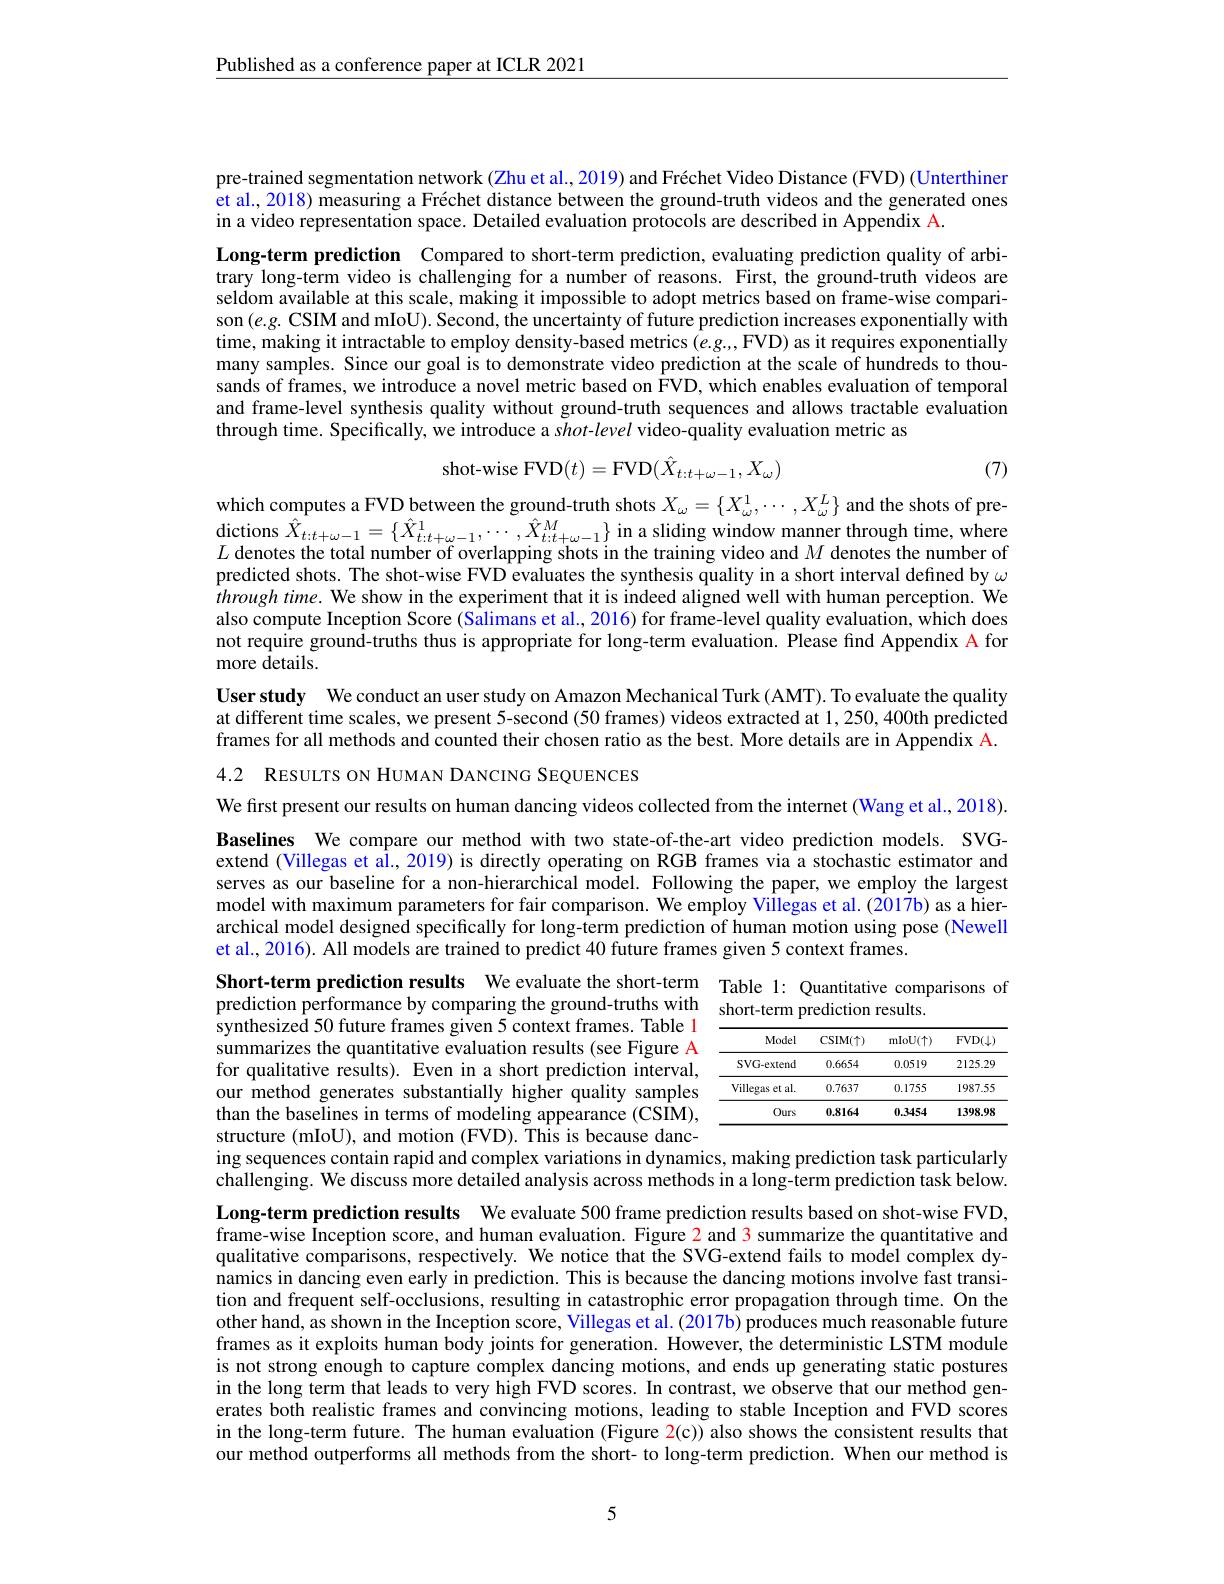
$\underline{\text{Published as a conference paper at ICLR 2021}}$

pre-trained segmentation network (Zhu et al., 2019) and Fréchet Video Distance (FVD) (Unterthiner et al., 2018) measuring a Fréchet distance between the ground-truth videos and the generated ones in a video representation space. Detailed evaluation protocols are described in Appendix A.

Long-term prediction Compared to short-term prediction, evaluating prediction quality of arbitrary long-term video is challenging for a number of reasons. First, the ground-truth videos are seldom available at this scale, making it impossible to adopt metrics based on frame-wise comparison$(e.g.$ CSIM and mIoU). Second, the uncertainty of future prediction increases exponentially with time, making it intractable to employ density-based metrics $( e. g. . $,FVD) as it requires exponentially many samples. Since our goal is to demonstrate video prediction at the scale of hundreds to thousands of frames, we introduce a novel metric based on FVD, which enables evaluation of temporal and frame-level synthesis quality without ground-truth sequences and allows tractable evaluation through time. Specifically, we introduce a shot-level video-quality evaluation metric as
$$\text{shot-wise FVD}(t)=\mathrm{FVD}(\hat{X}_{t:t+\omega-1},X_{\omega})$$
(7)

which computes a FVD between the ground-truth shots $X_\omega=\{X_\omega^1,\cdots,X_\omega^L\}$ and the shots of predictions $\hat{X} _{t: t+ \omega - 1}= \{ \hat{X} _{t: t+ \omega - 1}^{1}, \cdots , \hat{X} _{t: t+ \omega - 1}^{M}\}$ in a sliding window manner through time, where dictions $\hat{X} _{t: t+ \omega - 1}= \{ \hat{X} _{t: t+ \omega - 1}^{1}, \cdots , \hat{X} _{t: t+ \omega - 1}^{M}\}$ in a sliding window manne through time, where dictions $\hat{X}$ $L$ denotes the total number of overlapping shots in the training video and $M$ denotes the number of predicted shots. The shot-wise FVD evaluates the synthesis quality in a short interval defined by $\omega$ $throughtime.$ We show in the experiment that it is indeed aligned well with human perception. We also compute Inception Score (Salimans et al., 2016) for frame-level quality evaluation, which does not require ground-truths thus is appropriate for long-term evaluation. Please find Appendix A for more details.

User study We conduct an user study on Amazon Mechanical Turk (AMT). To evaluate the quality at different time scales, we present 5-second (50 frames) videos extracted at 1,250,400th predicted frames for all methods and counted their chosen ratio as the best. More details are in Appendix A. 4.2 RESULTS ON HUMAN DANCING SEQUENCES

We first present our results on human dancing videos collected from the internet (Wang et al., 2018).

Baselines We compare our method with two state-of-the-art video prediction models. SVGextend (Villegas et al., 2019) is directly operating on RGB frames via a stochastic estimator and serves as our baseline for a non-hierarchical model. Following the paper, we employ the largest model with maximum parameters for fair comparison. We employ Villegas et al. (2017b) as a hierarchical model designed specifically for long-term prediction of human motion using pose (Newell et al., 2016). All models are trained to predict 40 future frames given 5 context frames

Short-term prediction results We evaluate the short-term Table 1: Quantitative comparisons of
prediction performance by comparing the ground-truths with short-term prediction results.

synthesized 50 future frames given 5 context frames. Table 1 summarizes the quantitative evaluation results (see Figure A for qualitative results). Even in a short prediction interval, our method generates substantially higher quality samples than the baselines in terms of modeling appearance (CSIM), structure (mIoU), and motion (FVD). This is because dancing sequences contain rapid and complex variations in dynamics, making prediction task particularly challenging. We discuss more detailed analysis across methods in a long-term prediction task below.

<table>
	<tbody>
		<tr>
			<th>Model</th>
			<th>$\operatorname{CSIM}(\uparrow)$</th>
			<th>$mIoU(\uparrow)$</th>
			<th>$FVD(\downarrow)$</th>
		</tr>
		<tr>
			<td>SVG-extend</td>
			<td>0.6654</td>
			<td>0.0519</td>
			<td>2125.29</td>
		</tr>
		<tr>
			<td>Villegas et al.</td>
			<td>0.7637</td>
			<td>0.1755</td>
			<td>1987.55</td>
		</tr>
		<tr>
			<td>Ours</td>
			<td>0.8164</td>
			<td>0.3454</td>
			<td>1398.98</td>
		</tr>
	</tbody>
</table>

Long-term prediction results We evaluate 500 frame prediction results based on shot-wise FVD, frame-wise Inception score, and human evaluation. Figure 2 and 3 summarize the quantitative and qualitative comparisons, respectively. We notice that the SVG-extend fails to model complex dy- $\hat{\text{namics in dancing even early in prediction. This is because the dancing motions involve fast transi-}}$ tion and frequent self-occlusions, resulting in catastrophic error propagation through time. On the other hand, as shown in the Inception score, Villegas et al. (2017b) produces much reasonable future frames as it exploits human body joints for generation. However, the deterministic LSTM module is not strong enough to capture complex dancing motions, and ends up generating static postures in the long term that leads to very high FVD scores. In contrast, we observe that our method generates both realistic frames and convincing motions, leading to stable Inception and FVD scores in the long-term future. The human evaluation (Figure 2(c)) also shows the consistent results that our method outperforms all methods from the short- to long-term prediction. When our method is

5